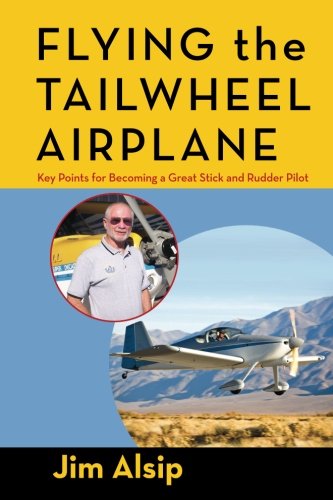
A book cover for Flying the Tail Wheel Airplane; Jim Alsip; Sports & Outdoors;